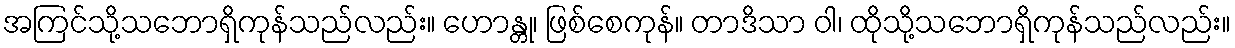
အကြင်သို့သဘောရှိကုန်သည်လည်း။ ဟောန္တု၊ ဖြစ်စေကုန်။ တာဒိသာ ဝါ၊ ထိုသို့သဘောရှိကုန်သည်လည်း။